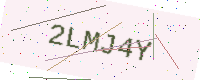
Text: 2LMJ4Y